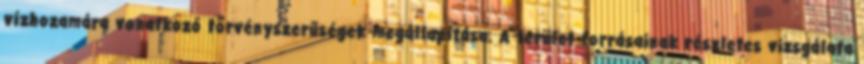
vízhozamára vonatkozó törvényszerűségek megállapítása. A terület forrásainak részletes vizsgálata